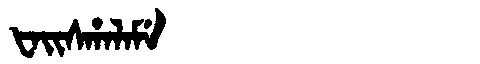
Manchu: ᡶᠠᡳᠰᡥᠠᠯᠠᠮᡝ
Romanization: FAISHALAME